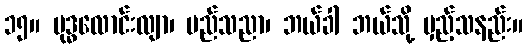
၁၅။ ဗုဒ္ဓလောင်းလျာ၊ မည်သညာ၊ ဘယ်ခါ ဘယ်သို့ မှည့်သနည်း။